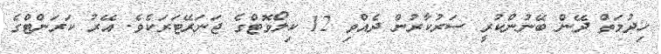
ޚިދުމަތް ދޭން ބޭނުންކުރީ ސަރުކާރުން ދެއްވި 12 ކިލޯވޮޓްގެ ޖަނަރޭޓަރަކެވެ. އޭރު ކަރަންޓްގެ